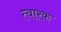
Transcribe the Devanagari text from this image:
त्वारक